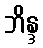
ဘိန္ဒ